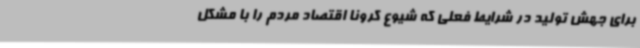
برای جهش تولید در شرایط فعلی که شیوع کرونا اقتصاد مردم را با مشکل